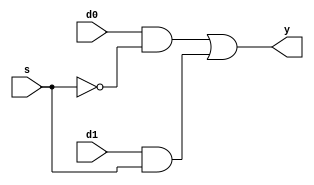
module N_mux21_v2(y, s, d0 , d1);

input d0, d1, s;
output y;

wire w1,w2,ws;
not (ws,s );
and (w1,d0,ws);
and (w2,d1,s);
or (y, w1,w2);

endmodule